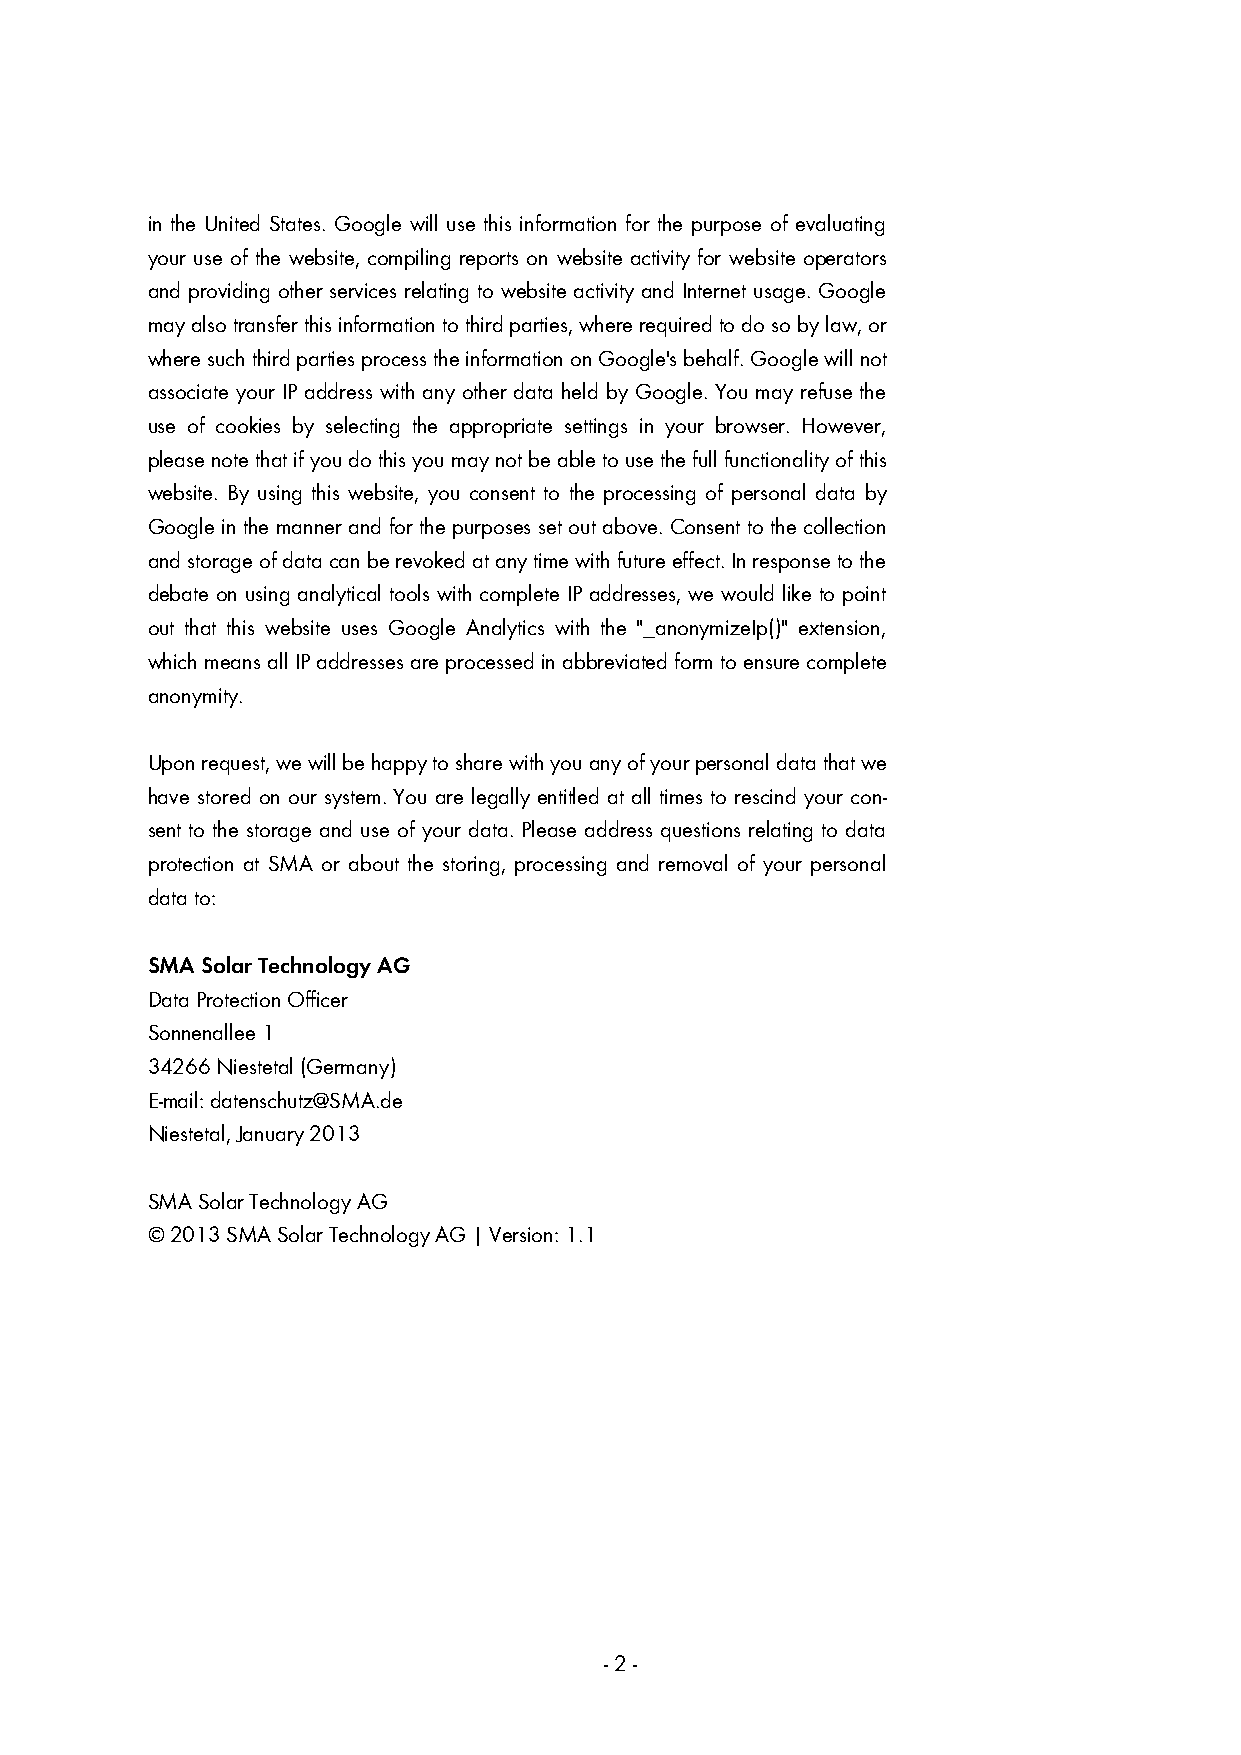
in the United States. Google will use this information for the purpose of evaluating
 your use of the website, compiling reports on website activity for website operators
 and providing other services relating to website activity and Internet usage. Google
 may also transfer this information to third parties, where required to do so by law, or
 where such third parties process the information on Google's behalf. Google will not
 associate your IP address with any other data held by Google. You may refuse the
 use of cookies by selecting the appropriate settings in your browser. However,
 please note that if you do this you may not be able to use the full functionality of this
 website. By using this website, you consent to the processing of personal data by
 Google in the manner and for the purposes set out above. Consent to the collection
 and storage of data can be revoked at any time with future effect. In response to the
 debate on using analytical tools with complete IP addresses, we would like to point
 out that this website uses Google Analytics with the "_anonymizeIp()" extension,
 which means all IP addresses are processed in abbreviated form to ensure complete
 anonymity.
 Upon request, we will be happy to share with you any of your personal data that we
 have stored on our system. You are legally entitled at all times to rescind your con-
 sent to the storage and use of your data. Please address questions relating to data
 protection at SMA or about the storing, processing and removal of your personal
 data to:
 SMA Solar Technology AG
 Data Protection Officer
 Sonnenallee 1
 34266 Niestetal (Germany)
 E-mail: datenschutz@SMA.de
 Niestetal, January 2013
 SMA Solar Technology AG
 © 2013 SMA Solar Technology AG | Version: 1.1
 - 2 -